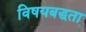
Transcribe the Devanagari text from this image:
विषयबद्धता